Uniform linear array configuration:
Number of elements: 12
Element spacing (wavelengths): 0.25
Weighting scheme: hamming
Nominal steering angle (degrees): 15
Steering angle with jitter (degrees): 15.381
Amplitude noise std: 0.05
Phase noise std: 0.05

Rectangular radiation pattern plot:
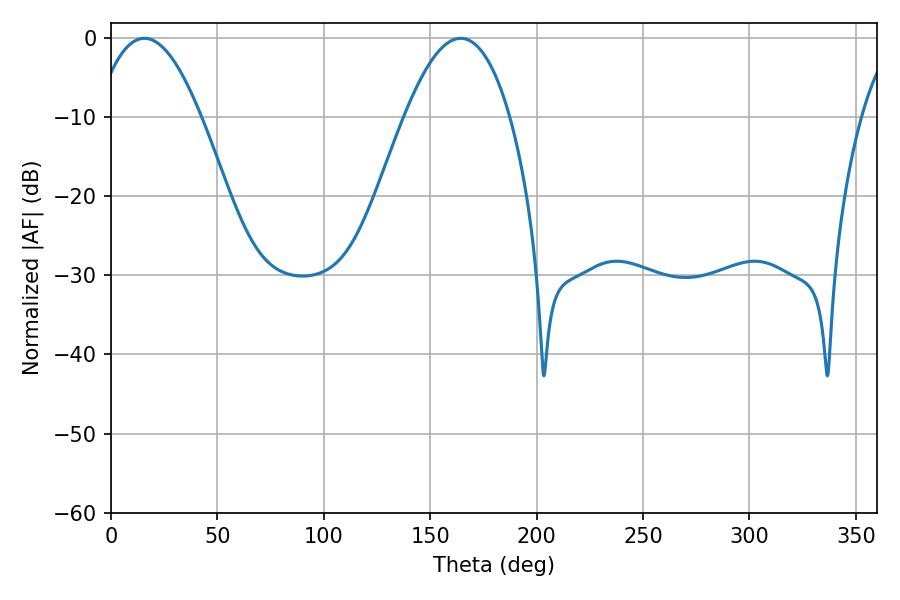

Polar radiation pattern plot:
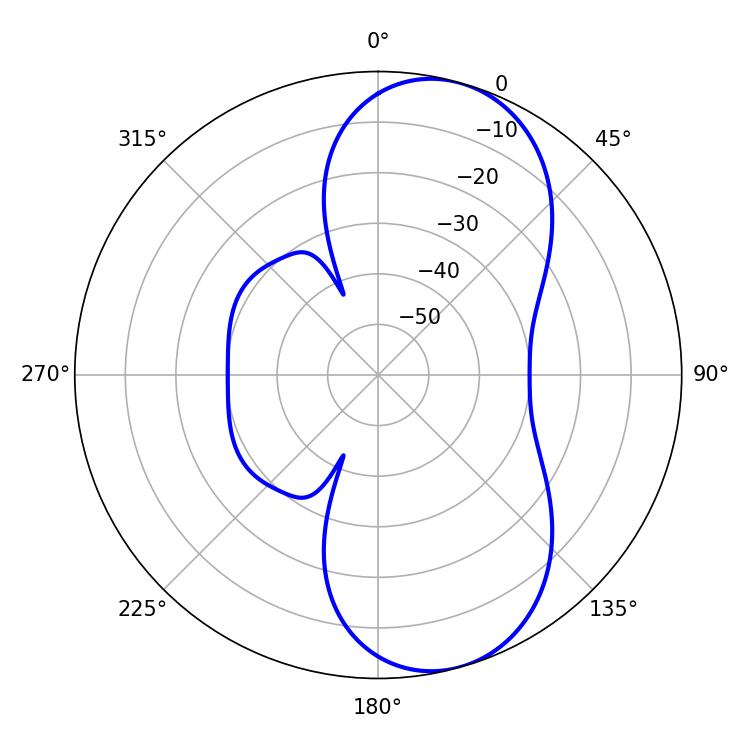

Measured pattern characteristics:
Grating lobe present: FALSE
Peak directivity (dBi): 8.375
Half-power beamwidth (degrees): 27.36
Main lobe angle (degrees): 15.66